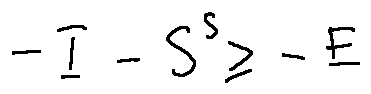
- I - S ^ { s } \geq - E